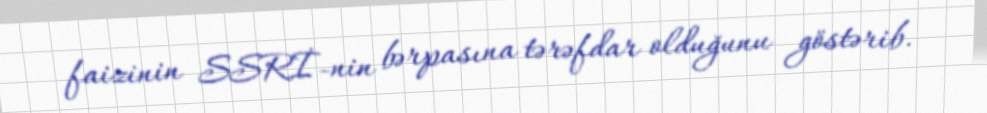
faizinin SSRİ-nin bərpasına tərəfdar olduğunu göstərib.